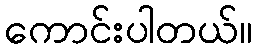
ကောင်းပါတယ်။